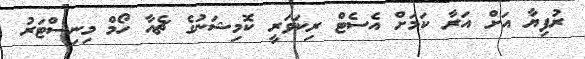
ރުފިޔާ އަށް އަރާ ކަމަށް އެސެޓް ރިކަވަރީ ކޮމިޝަނުގެ ޗެއާ ހޯމް މިނިސްޓަރު